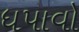
ધપાવો